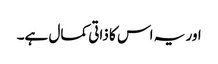
اور یہ اس کا ذاتی کمال ہے۔